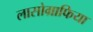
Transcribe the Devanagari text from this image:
लासोग्राफिया